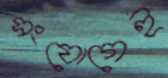
সংযোগেই